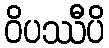
ဝိပဿီပိ